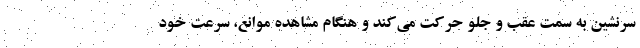
سرنشین به سمت عقب و جلو حرکت می‌کند و هنگام مشاهده موانع، سرعت خود